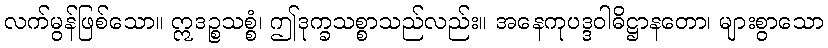
လက်မွန်ဖြစ်သော။ ဣဒဉ္စသစ္စံ၊ ဤဒုက္ခသစ္စာသည်လည်း။ အနေကုပဒ္ဒဝါဓိဋ္ဌာနတော၊ များစွာသော